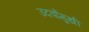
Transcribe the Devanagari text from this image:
उदर्वोमुखी